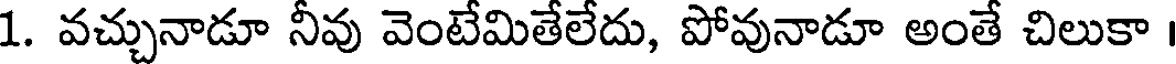
1. వచ్చునాడూ నీవు వెంటేమితేలేదు, పోవునాడూ అంతే చిలుకా